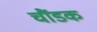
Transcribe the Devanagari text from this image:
चौंडक